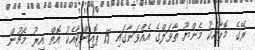
ރޭގެ މޮޅާއެކު މެންޔޫ ތާވަލްގެ އެއްވަނާގައި 15 ޕޮއިންޓާއެކު އޮތް އިރު މެޗުން